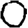
Digit: 0